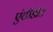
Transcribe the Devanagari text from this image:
एंटीडाॅट